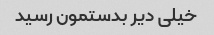
خیلی دیر بدستمون رسید